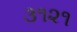
૩૧૨૧